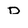
Character: D